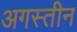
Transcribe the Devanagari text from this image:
अगस्तीन